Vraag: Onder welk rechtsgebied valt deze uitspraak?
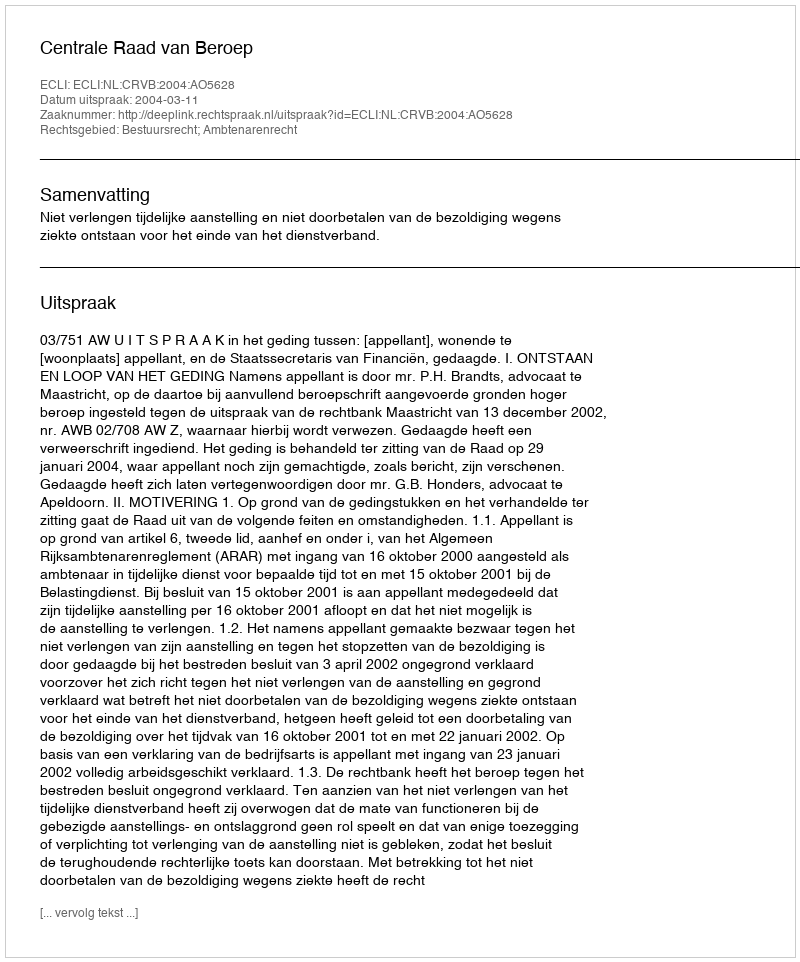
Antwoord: Bestuursrecht; Ambtenarenrecht